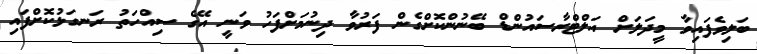
ބަލިވެފައިވާ މީދަލަށް އަލްޓްރާސައުންޑް ބޭނުންކޮށްގެން ފަރުވާ ދިނުމަށްފަހު ވަނީ އޭގެ ސިއްހަތު ރަނގަޅުކޮށްފައި